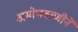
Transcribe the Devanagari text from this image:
अमोघवाणीने